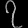
Digit: ၇